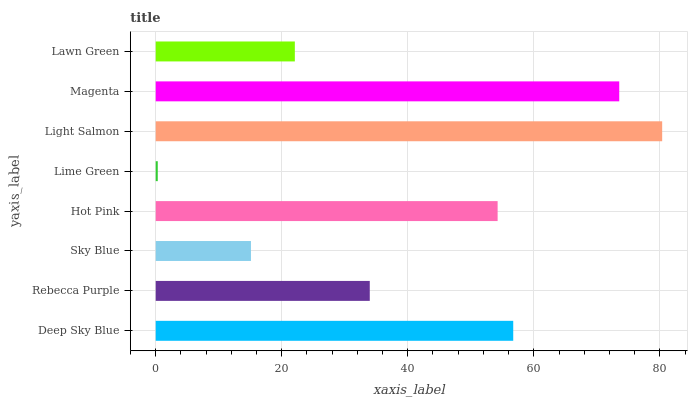
| yaxis_label | bars |
 | --- | --- |
 | Deep Sky Blue | 56.7 |
 | Rebecca Purple | 34 |
 | Sky Blue | 15.1 |
 | Hot Pink | 54.3 |
 | Lime Green | 0.326 |
 | Light Salmon | 80.4 |
 | Magenta | 73.6 |
 | Lawn Green | 22.1 |